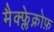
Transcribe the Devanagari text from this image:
मैक्फ्लेक्नोफ़